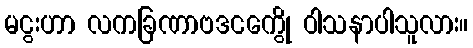
မငွးဟာ လကခြဏာဗဒငကွေို ဝါသနာပါသူလား။